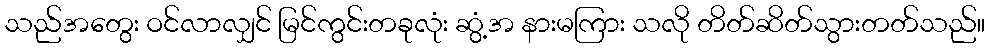
သည်အတွေး ဝင်လာလျှင် မြင်ကွင်းတခုလုံး ဆွံ့အ နားမကြား သလို တိတ်ဆိတ်သွားတတ်သည်။